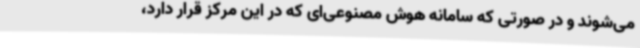
می‌شوند و در صورتی که سامانه‌ هوش مصنوعی‌ای که در این مرکز قرار دارد،